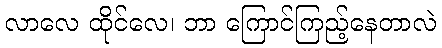
လာလေ ထိုင်လေ၊ ဘာ ကြောင်ကြည့်နေတာလဲ